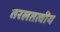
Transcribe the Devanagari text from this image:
तरलतत्वीय